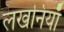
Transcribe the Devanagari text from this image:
लखनियाँ